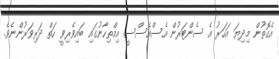
އެގޮތުން މިދިޔަ އަހަރު އެ ސެންޓަރުން އެސްއެސްސީ އިމްތިހާނުގައި ބައިވެރިވީ ހަތް ދަރިވަރުންނެވެ.